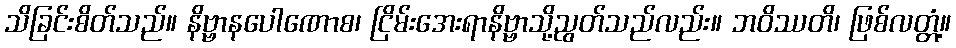
သိခြင်းစိတ်သည်။ နိဗ္ဗာနပေါဏောစ၊ ငြိမ်းအေးရာနိဗ္ဗာသို့ညွတ်သည်လည်း။ ဘဝိဿတိ၊ ဖြစ်လတ္တံ့။